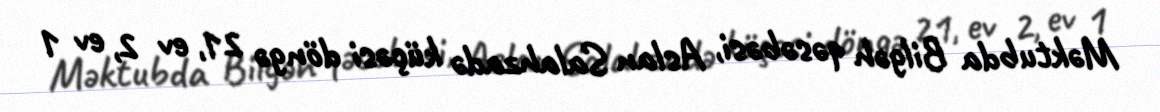
Məktubda Bilgəh qəsəbəsi, Aslan Salahzadə küçəsi döngə 21, ev 2, ev 1